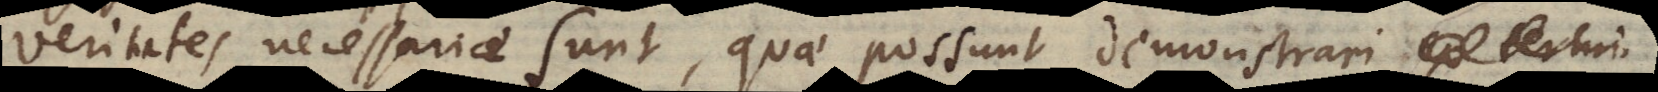
Veritates necessariae sunt, quae possunt demonstrari